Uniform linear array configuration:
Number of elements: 24
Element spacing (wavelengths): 0.5
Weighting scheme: blackman
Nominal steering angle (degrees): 60
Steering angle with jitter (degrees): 59.669
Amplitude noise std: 0.05
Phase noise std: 0.05

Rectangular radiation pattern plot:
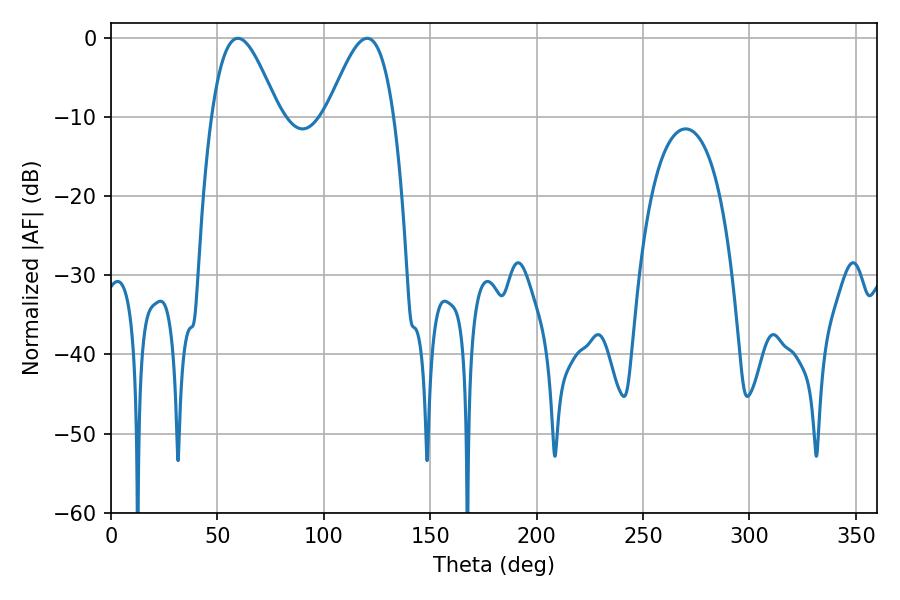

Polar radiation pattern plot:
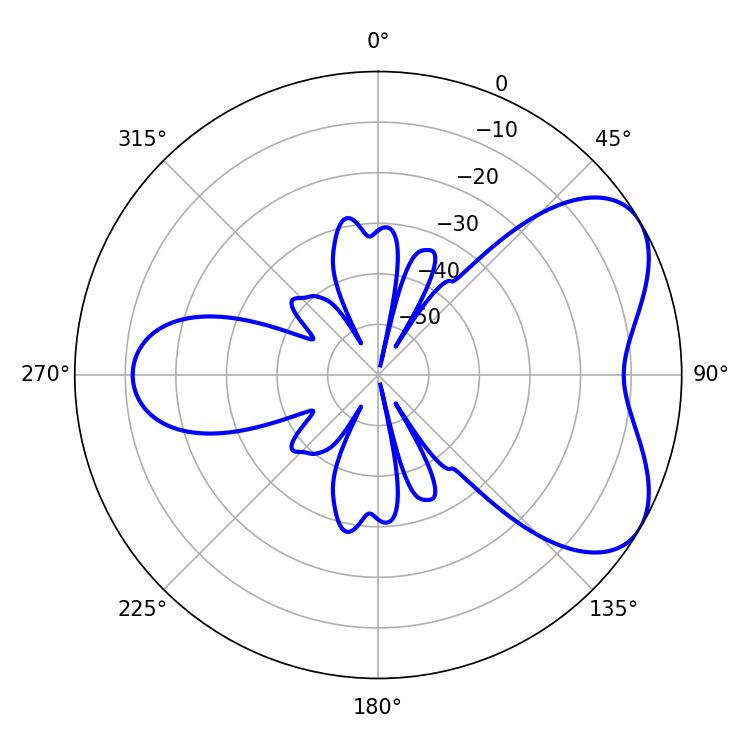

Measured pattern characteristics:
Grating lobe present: FALSE
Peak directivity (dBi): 5.53
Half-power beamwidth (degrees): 16.74
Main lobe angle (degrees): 59.58